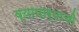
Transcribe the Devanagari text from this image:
व्यापार्‍याची